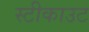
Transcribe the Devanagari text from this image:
स्टीकाउट